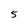
Character: 5